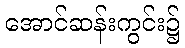
အောင်ဆန်းကွင်း၌